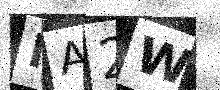
Text: NA2W